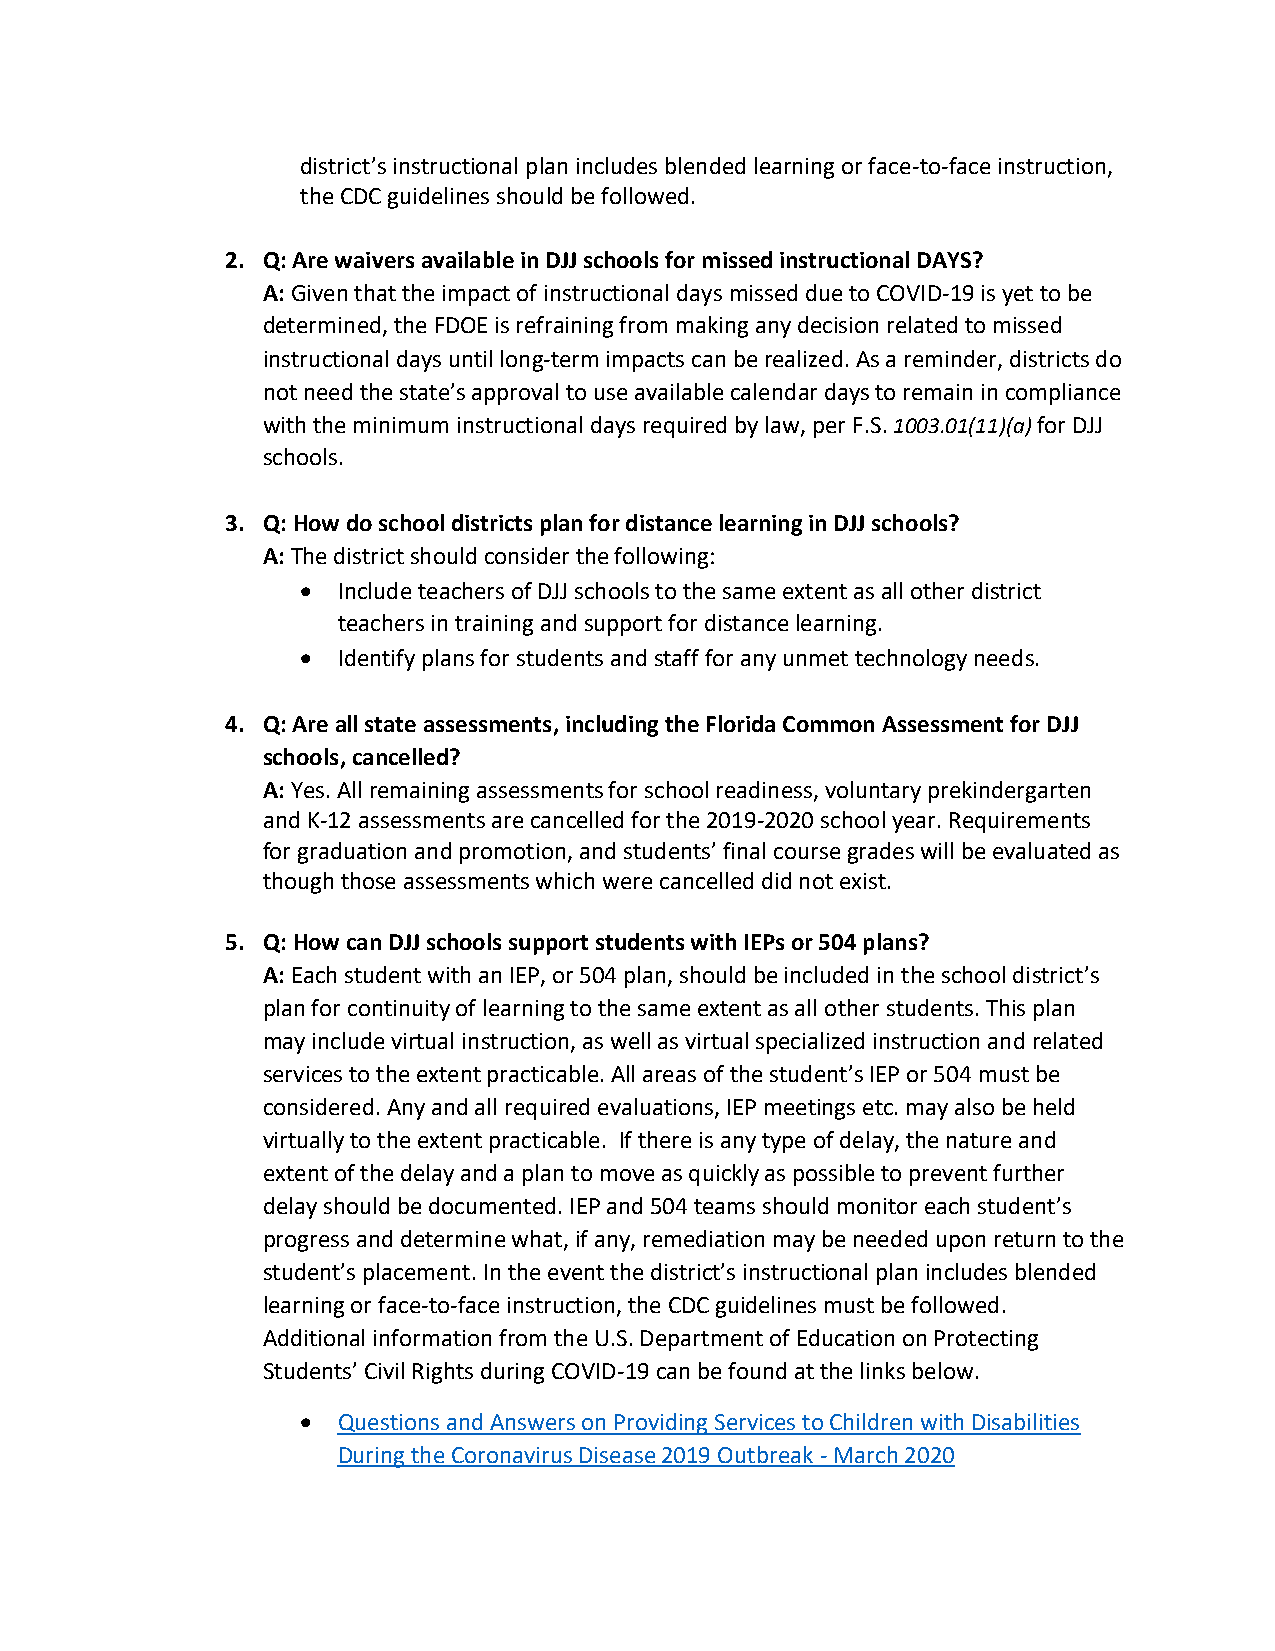
district’s instructional plan includes blended learning or face-to-face instruction,
 the CDC guidelines should be followed.
 2. Q: Are waivers available in DJJ schools for missed instructional DAYS?
 A: Given that the impact of instructional days missed due to COVID-19 is yet to be
 determined, the FDOE is refraining from making any decision related to missed
 instructional days until long-term impacts can be realized. As a reminder, districts do
 not need the state’s approval to use available calendar days to remain in compliance
 with the minimum instructional days required by law, per F.S. 1003.01(11)(a) for DJJ
 schools.
 3. Q: How do school districts plan for distance learning in DJJ schools?
 A: The district should consider the following:
  Include teachers of DJJ schools to the same extent as all other district
 teachers in training and support for distance learning.
  Identify plans for students and staff for any unmet technology needs.
 4. Q: Are all state assessments, including the Florida Common Assessment for DJJ
 schools, cancelled?
 A: Yes. All remaining assessments for school readiness, voluntary prekindergarten
 and K-12 assessments are cancelled for the 2019-2020 school year. Requirements
 for graduation and promotion, and students’ final course grades will be evaluated as
 though those assessments which were cancelled did not exist.
 5. Q: How can DJJ schools support students with IEPs or 504 plans?
 A: Each student with an IEP, or 504 plan, should be included in the school district’s
 plan for continuity of learning to the same extent as all other students. This plan
 may include virtual instruction, as well as virtual specialized instruction and related
 services to the extent practicable. All areas of the student’s IEP or 504 must be
 considered. Any and all required evaluations, IEP meetings etc. may also be held
 virtually to the extent practicable. If there is any type of delay, the nature and
 extent of the delay and a plan to move as quickly as possible to prevent further
 delay should be documented. IEP and 504 teams should monitor each student’s
 progress and determine what, if any, remediation may be needed upon return to the
 student’s placement. In the event the district’s instructional plan includes blended
 learning or face-to-face instruction, the CDC guidelines must be followed.
 Additional information from the U.S. Department of Education on Protecting
 Students’ Civil Rights during COVID-19 can be found at the links below.
  Questions and Answers on Providing Services to Children with Disabilities
 During the Coronavirus Disease 2019 Outbreak - March 2020